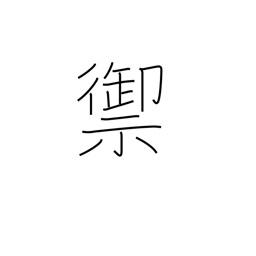
Meaning: resist